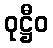
ဝုဋ္ဌီဝ